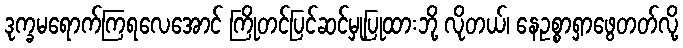
ဒုက္ခမရောက်ကြရလေအောင် ကြိုတင်ပြင်ဆင်မှုပြုထားဘို့ လိုတယ်၊ နေဥစ္စာရှာဖွေတတ်လို့